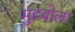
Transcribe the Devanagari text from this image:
मुंहबोला